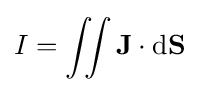
I=\iint \mathbf {J} \cdot \mathrm {d} \mathbf {S}